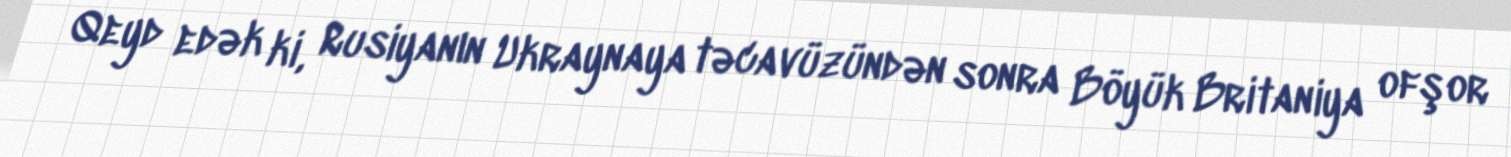
Qeyd edək ki, Rusiyanın Ukraynaya təcavüzündən sonra Böyük Britaniya ofşor